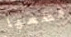
قطعها